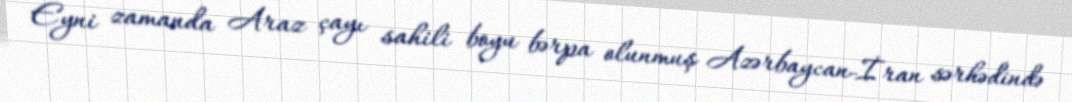
Eyni zamanda Araz çayı sahili boyu bərpa olunmuş Azərbaycan-İran sərhədində